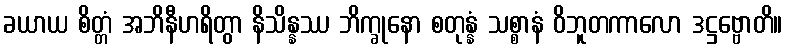
ခယာယ စိတ္တံ အဘိနီဟရိတွာ နိသိန္နဿ ဘိက္ခုနော စတုန္နံ သစ္စာနံ ဝိဘူတကာလော ဒဋ္ဌဗ္ဗောတိ။